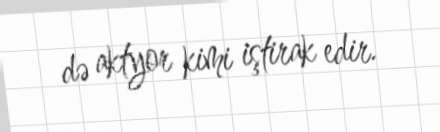
də aktyor kimi iştirak edir.